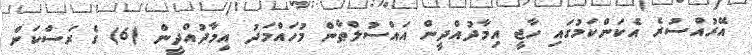
އޭރުއްސުރެ އެކަންކަމުގައި ހާޖީ އިމާދުއްދީން އައްސުލްޠާން މުހައްމަދު އިމާދުއްދީން (6) ގެ ރަސްކަން